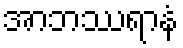
အာဘဿရာနံ